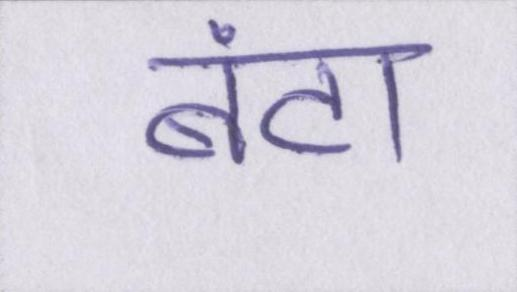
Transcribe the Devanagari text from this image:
बंटा